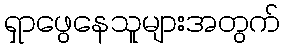
ရှာဖွေနေသူများအတွက်